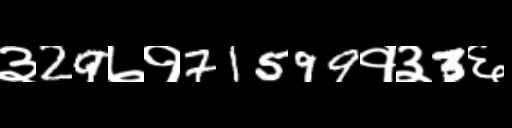
Text: ३29७१71599१३3६